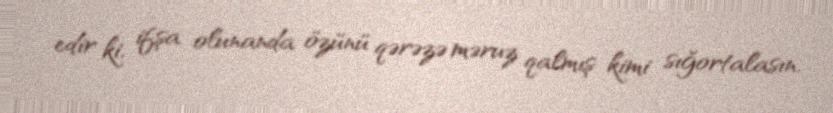
edir ki, ifşa olunanda özünü qərəzə məruz qalmış kimi sığortalasın.